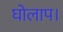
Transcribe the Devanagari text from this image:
घोलाप।